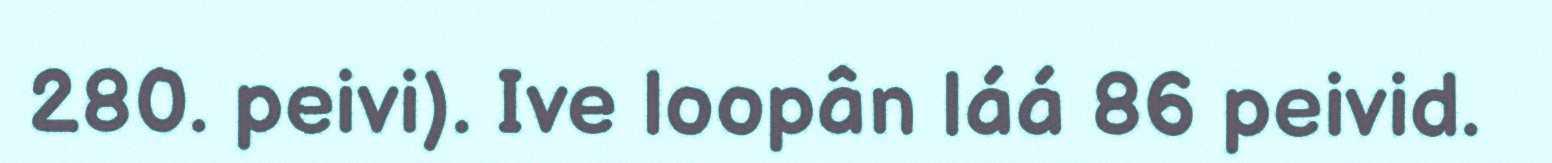
280. peivi). Ive loopân láá 86 peivid.